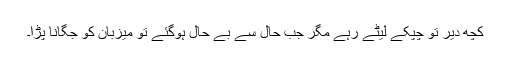
کچھ دیر تو چپکے لیٹے رہے مگر جب حال سے بے حال ہوگئے تو میزبان کو جگانا پڑا۔